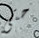
حتى